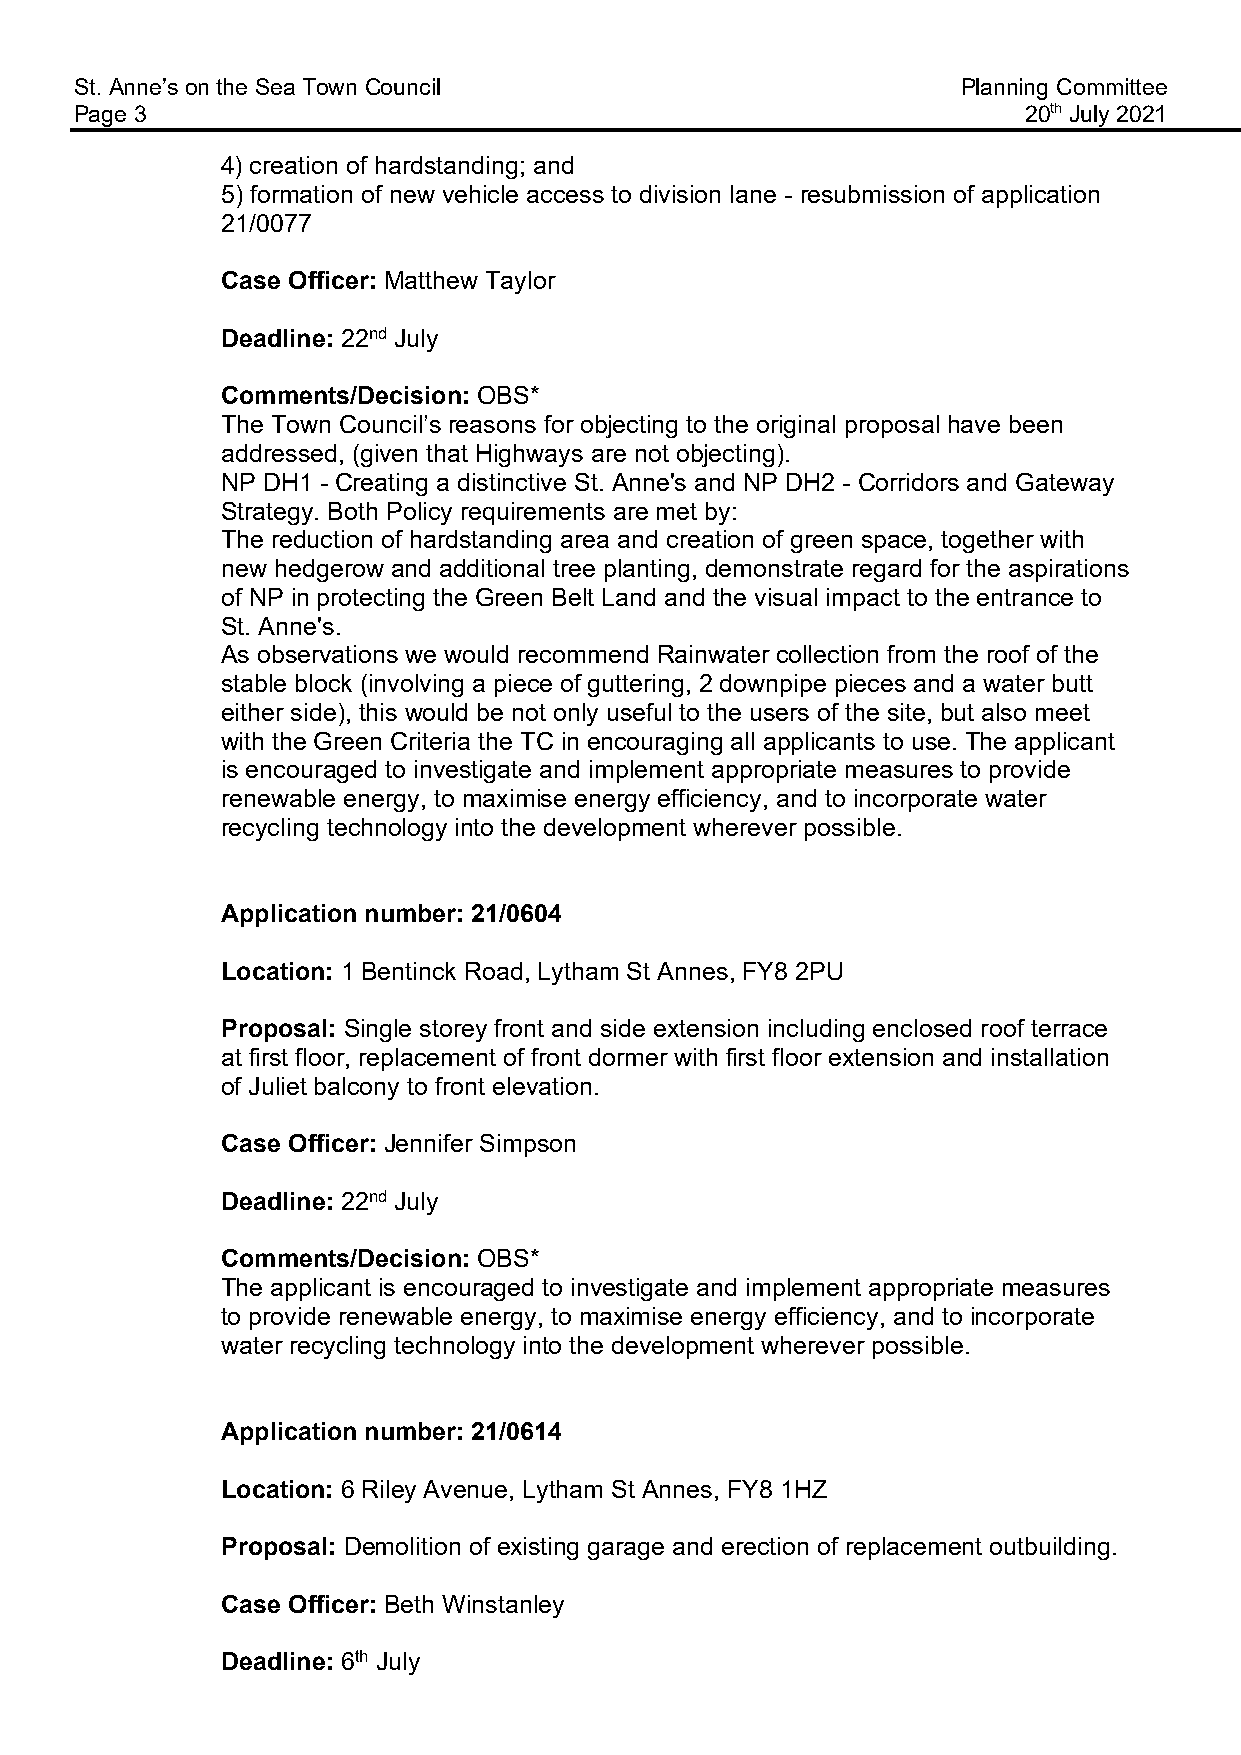
St. Anne’s on the Sea Town Council                         Planning Committee
 Page 3                                                         20th July 2021
 4) creation of hardstanding; and
 5) formation of new vehicle access to division lane - resubmission of application
 21/0077
 Case Officer: Matthew Taylor
 Deadline: 22nd July
 Comments/Decision: OBS*
 The Town Council’s reasons for objecting to the original proposal have been
 addressed, (given that Highways are not objecting).
 NP DH1 - Creating a distinctive St. Anne's and NP DH2 - Corridors and Gateway
 Strategy. Both Policy requirements are met by:
 The reduction of hardstanding area and creation of green space, together with
 new hedgerow and additional tree planting, demonstrate regard for the aspirations
 of NP in protecting the Green Belt Land and the visual impact to the entrance to
 St. Anne's.
 As observations we would recommend Rainwater collection from the roof of the
 stable block (involving a piece of guttering, 2 downpipe pieces and a water butt
 either side), this would be not only useful to the users of the site, but also meet
 with the Green Criteria the TC in encouraging all applicants to use. The applicant
 is encouraged to investigate and implement appropriate measures to provide
 renewable energy, to maximise energy efficiency, and to incorporate water
 recycling technology into the development wherever possible.
 Application number: 21/0604
 Location: 1 Bentinck Road, Lytham St Annes, FY8 2PU
 Proposal: Single storey front and side extension including enclosed roof terrace
 at first floor, replacement of front dormer with first floor extension and installation
 of Juliet balcony to front elevation.
 Case Officer: Jennifer Simpson
 Deadline: 22nd July
 Comments/Decision: OBS*
 The applicant is encouraged to investigate and implement appropriate measures
 to provide renewable energy, to maximise energy efficiency, and to incorporate
 water recycling technology into the development wherever possible.
 Application number: 21/0614
 Location: 6 Riley Avenue, Lytham St Annes, FY8 1HZ
 Proposal: Demolition of existing garage and erection of replacement outbuilding.
 Case Officer: Beth Winstanley
 Deadline: 6th July